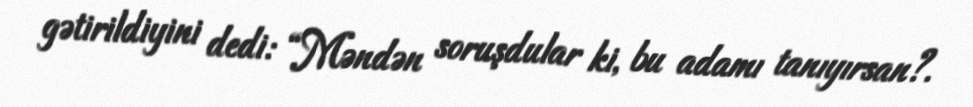
gətirildiyini dedi: “Məndən soruşdular ki, bu adamı tanıyırsan?.